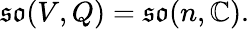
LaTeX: {\mathfrak{so}}(V,Q)={\mathfrak{so}}(n,\mathbb{C}).